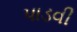
પાડવી